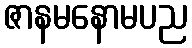
ဇာနမနောမပည